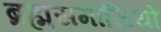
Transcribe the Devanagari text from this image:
ब्रह्मसमाजियों